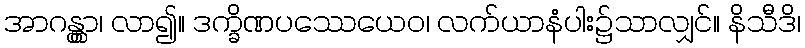
အာဂန္တွာ၊ လာ၍။ ဒက္ခိဏပဿေယေဝ၊ လက်ယာနံပါး၌သာလျှင်။ နိသီဒိ၊